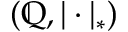
( \mathbb { Q } , | \cdot | _ { * } )